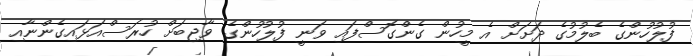
ފުލުހުންގެ ބެލުމުގެ ދަށަށް އެ މީހުން ގެންގޮސްފައި ވަނީ ފުލުހުންގެ ވާޖިބަށް ހުރަސްއަޅައިގެންނާއި